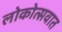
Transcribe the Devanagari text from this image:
लोकोत्सवात